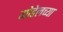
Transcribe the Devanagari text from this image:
गोडेलच्या